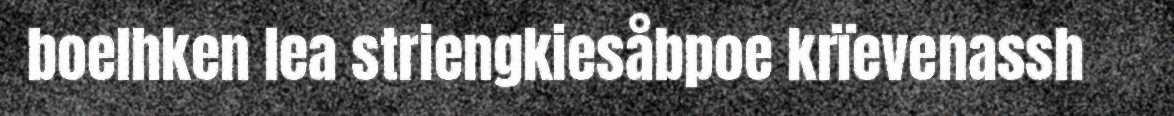
boelhken lea striengkiesåbpoe krïevenassh